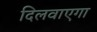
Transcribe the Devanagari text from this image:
दिलवाएगा